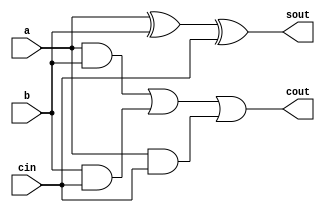
module bits32_csa(
    input [31:0] a,
    input [31:0] b,
    input [31:0] cin,
    output [31:0]cout,
    output [31:0]sout
);


assign cout = (a & b) | (b & cin) | (a & cin);
assign sout = a ^ b ^ cin;


endmodule